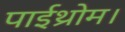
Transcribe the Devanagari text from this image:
पाईथ्रोम।